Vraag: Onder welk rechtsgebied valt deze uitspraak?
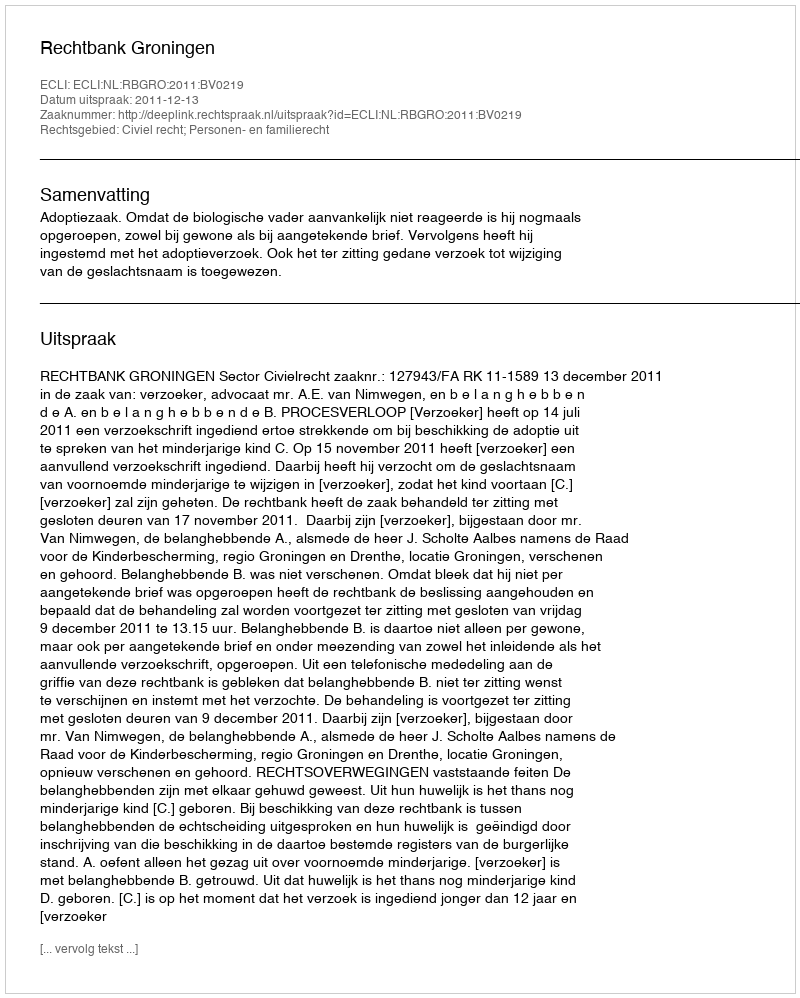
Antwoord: Civiel recht; Personen- en familierecht